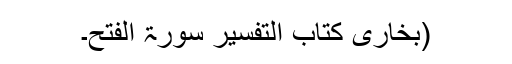
(بخاری کتاب التفسیر سورۃ الفتح۔